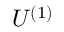
U ^ { ( 1 ) }